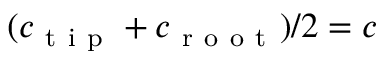
( c _ { \mathrm { ~ t ~ i ~ p ~ } } + c _ { \mathrm { ~ r ~ o ~ o ~ t ~ } } ) / 2 = c